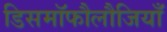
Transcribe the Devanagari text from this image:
डिसमॉफौलौजियाँ